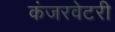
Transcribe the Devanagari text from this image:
कंजरवेटरी